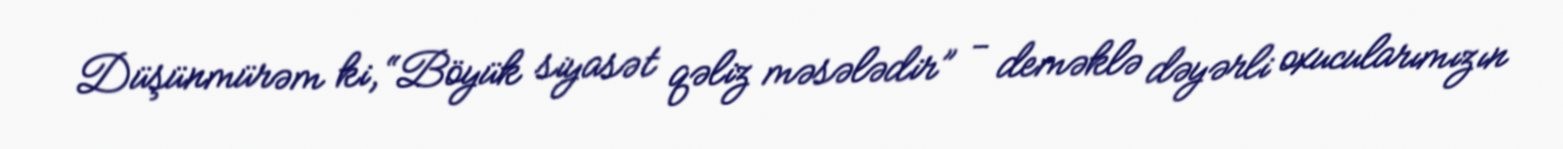
Düşünmürəm ki, “Böyük siyasət qəliz məsələdir” - deməklə dəyərli oxucularımızın